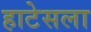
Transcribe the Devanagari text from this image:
हाटेसला